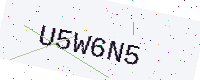
Text: U5W6N5